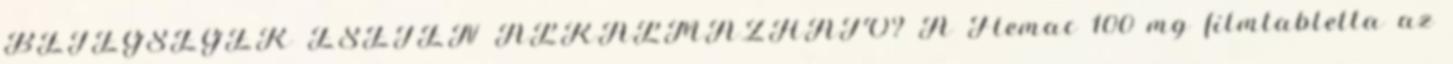
BETEGSÉGEK ESETÉN ALKALMAZHATÓ? A Flemac 100 mg filmtabletta az